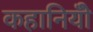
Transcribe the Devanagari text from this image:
कहानियोँ